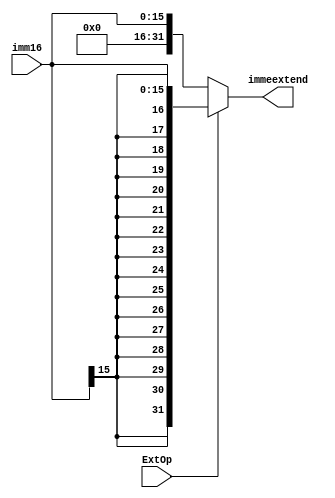
`timescale 1ns / 1ps
//////////////////////////////////////////////////////////////////////////////////
// Company: 
// Engineer: 
// 
// Design Name: 
// Module Name: exten16
// Project Name: 
// Target Devices: 
// Tool Versions: 
// Description: 
// 
// Dependencies: 
// 
// Revision:
// Revision 0.01 - File Created
// Additional Comments:
// 
//////////////////////////////////////////////////////////////////////////////////


module exten16(imm16,ExtOp,immeextend);
    input [15:0] imm16;
    input ExtOp;
    output wire [31:0]immeextend;
    assign immeextend = (ExtOp==1)?{{16{imm16[15]}},imm16}:{16'b0000000000000000,imm16} ;
endmodule